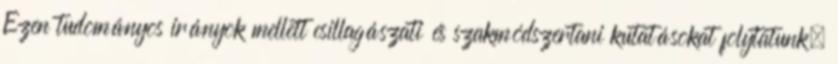
Ezen tudományos irányok mellett csillagászati és szakmódszertani kutatásokat folytatunk.